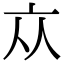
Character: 𠅃